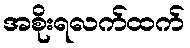
အစိုးရလက်ထက်